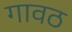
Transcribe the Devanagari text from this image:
गावठ